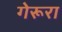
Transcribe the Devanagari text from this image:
गेरूरा